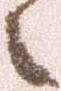
之